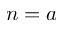
{ n = a }